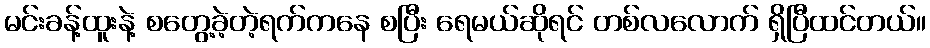
မင်းခန့်ထူးနဲ့ စတွေ့ခဲ့တဲ့ရက်ကနေ စပြီး ရေမယ်ဆိုရင် တစ်လလောက် ရှိပြီထင်တယ်။